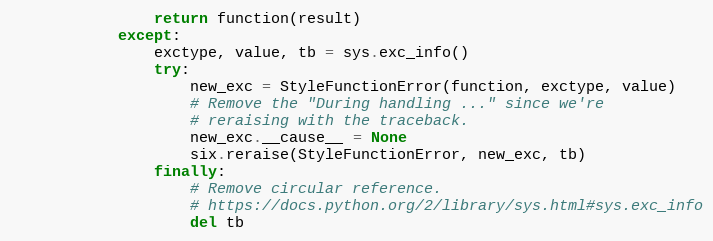
Language: Python
                return function(result)
            except:
                exctype, value, tb = sys.exc_info()
                try:
                    new_exc = StyleFunctionError(function, exctype, value)
                    # Remove the "During handling ..." since we're
                    # reraising with the traceback.
                    new_exc.__cause__ = None
                    six.reraise(StyleFunctionError, new_exc, tb)
                finally:
                    # Remove circular reference.
                    # https://docs.python.org/2/library/sys.html#sys.exc_info
                    del tb